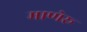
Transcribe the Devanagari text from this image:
माणेरू